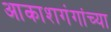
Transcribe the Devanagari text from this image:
आकाशगंगांच्या